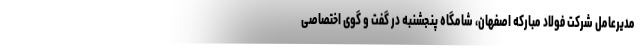
مدیرعامل شرکت فولاد مبارکه اصفهان، شامگاه پنجشنبه در گفت و گوی اختصاصی